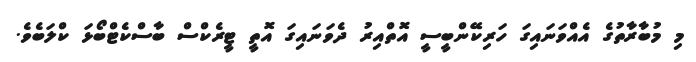
މި މުބާރާތުގެ އެއްވަނައިގަ ހަރިކޭންބީސީ އޮތްއިރު ދެވަނައިގަ އޮތީ ޓީރެކްސް ބާސްކެޓްބޯޅަ ކްލަބެވެ.